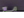
مع